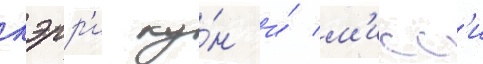
кэрр'и ку́н и́ м'исс'и